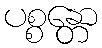
ပစ္စန္တော